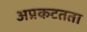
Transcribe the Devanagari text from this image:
अप्रकटतता